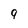
Character: 9